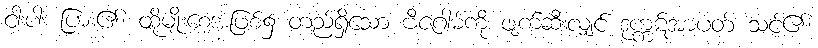
ငါးပါး ပြား၏၊ ထိုမျိုးစေ့အဖြစ်၌ တည်ရှိသော ဗီဇဂါမ်ကို ဖျက်ဆီးလျှင် ဒုက္ကဋ်အာပတ် သင့်၏၊